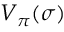
V _ { \pi } ( \sigma )